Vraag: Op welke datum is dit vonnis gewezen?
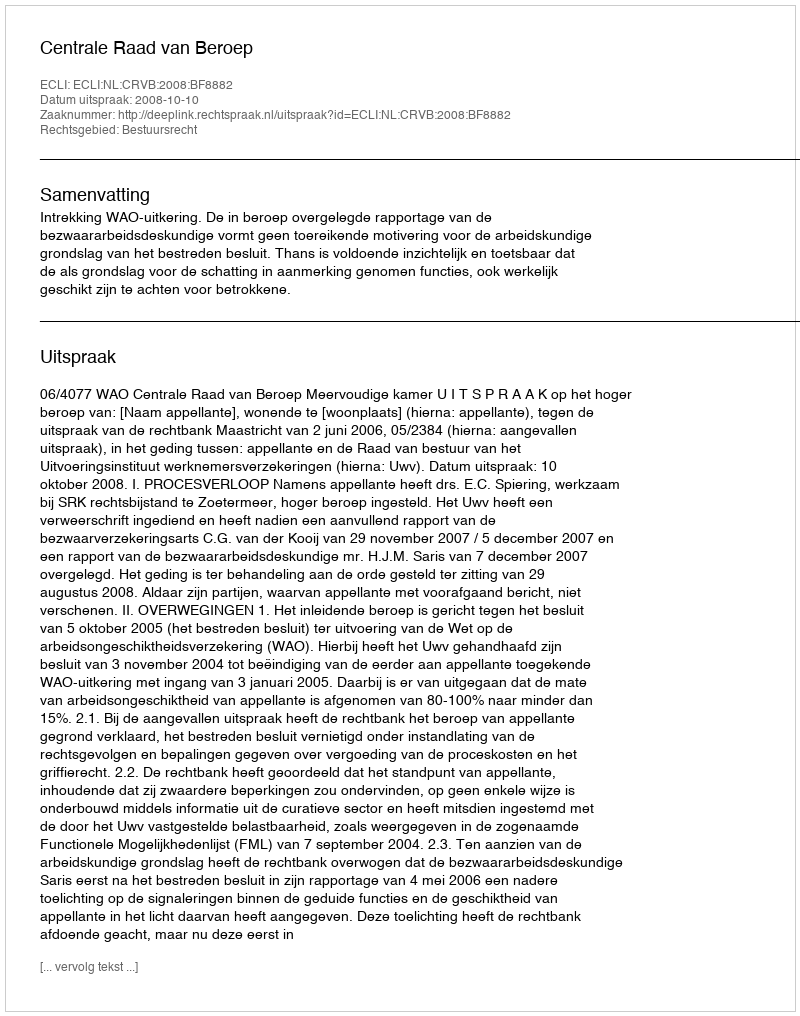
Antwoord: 2008-10-10